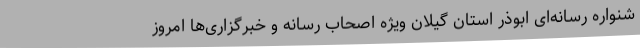
شنواره رسانه‌ای ابوذر استان گیلان ویژه اصحاب رسانه و خبرگزاری‌ها امروز